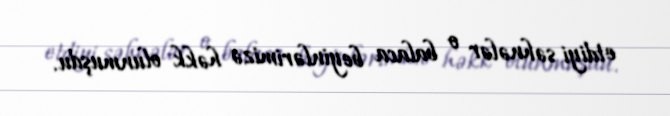
etdiyi səhnələr o balaca beyinlərimizə həkk olunmuşdu.